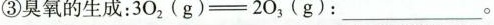
③臭氧的生成：3O_{2}(g)=2O_{3}(g):________________。